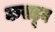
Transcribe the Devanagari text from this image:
कसडून